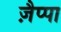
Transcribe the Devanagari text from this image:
ज़ैप्पा